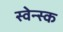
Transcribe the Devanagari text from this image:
स्वेन्स्क